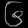
Digit: ၆